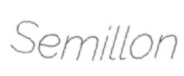
Semillon